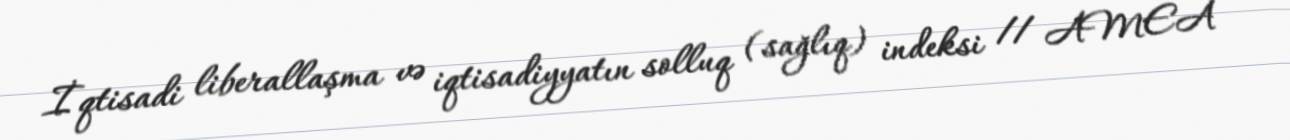
İqtisadi liberallaşma və iqtisadiyyatın solluq (sağlıq) indeksi // AMEA